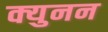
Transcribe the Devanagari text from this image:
क्युनन